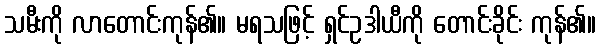
သမီးကို လာတောင်းကုန်၏။ မရသဖြင့် ရှင်ဥဒါယီကို တောင်းခိုင်း ကုန်၏။